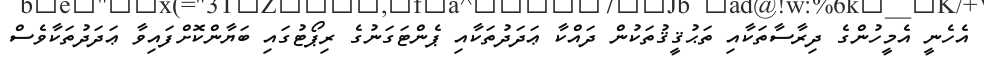
އެހެނީ އެމީހުންގެ ދިރާސާތަކާއި ތަޙުޤީޤުތަކުން ދައްކާ ޢަދަދުތަކާއި ޕެންޓަގަނުގެ ރިޕޯޓުގައި ބަޔާންކޮށްފައިވާ ޢަދަދުތަކާވެސް